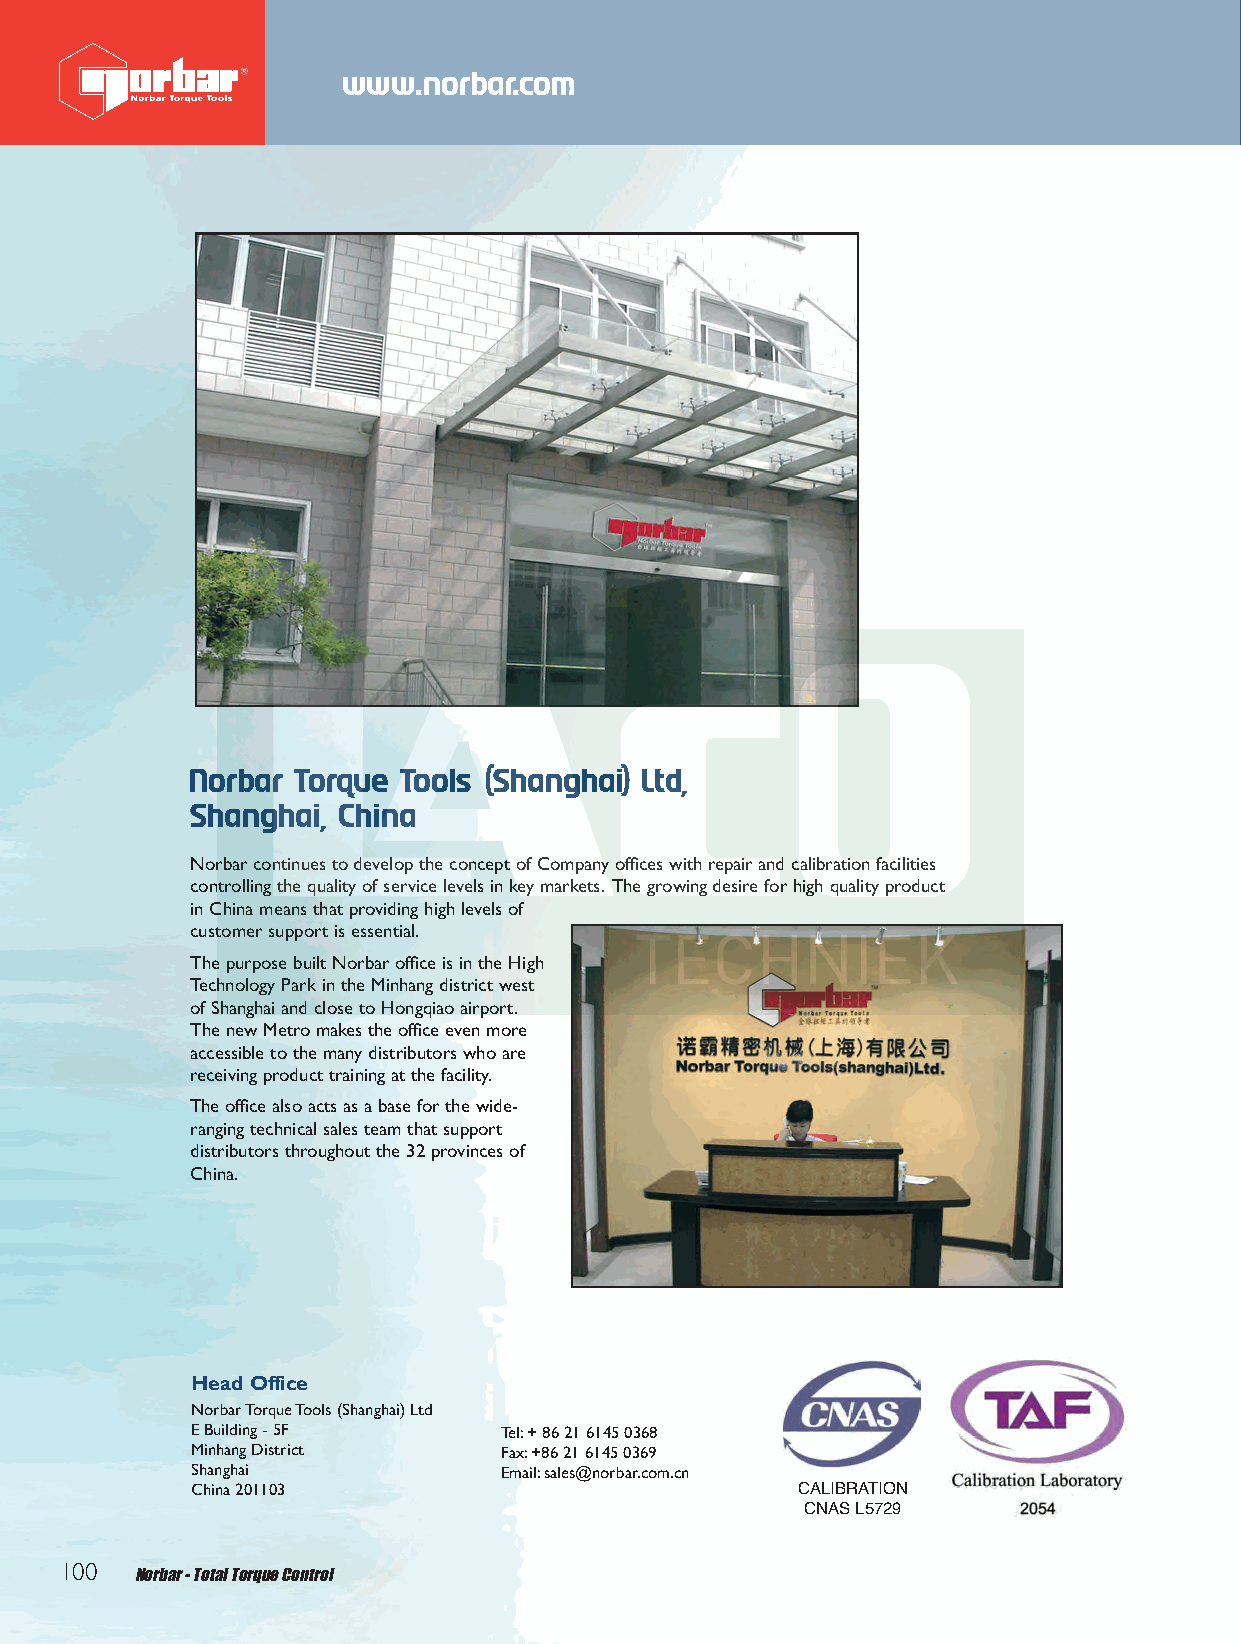
CompInfo 2012 Q6.qxd 30/10/12 9:47 am Page 68
 www.norbar.com
 Norbar Torque Tools (Shanghai) Ltd,
 Shanghai, China
 Norbar continues to develop the concept of Company offices with repair and calibration facilities
 controlling the quality of service levels in key markets. The growing desire for high quality product
 in China means that providing high levels of
 customer support is essential.
 The purpose built Norbar office is in the High
 Technology Park in the Minhang district west
 of Shanghai and close to Hongqiao airport.
 The new Metro makes the office even more
 accessible to the many distributors who are
 receiving product training at the facility.
 The office also acts as a base for the wide-
 ranging technical sales team that support
 distributors throughout the 32 provinces of
 China.
 Head Office
 Norbar Torque Tools (Shanghai) Ltd
 E Building - 5F     Tel:+ 86 21 6145 0368
 Minhang District    Fax:+86 21 6145 0369
 Shanghai            Email:sales@norbar.com.cn
 China 201103                            CALIBRATION
 CNAS L5729
 100  Norbar - Total Torque Control